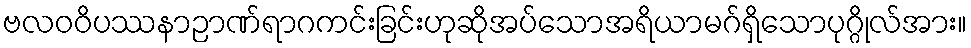
ဗလဝဝိပဿနာဉာဏ်ရာဂကင်းခြင်းဟုဆိုအပ်သောအရိယာမဂ်ရှိသောပုဂ္ဂိုလ်အား။